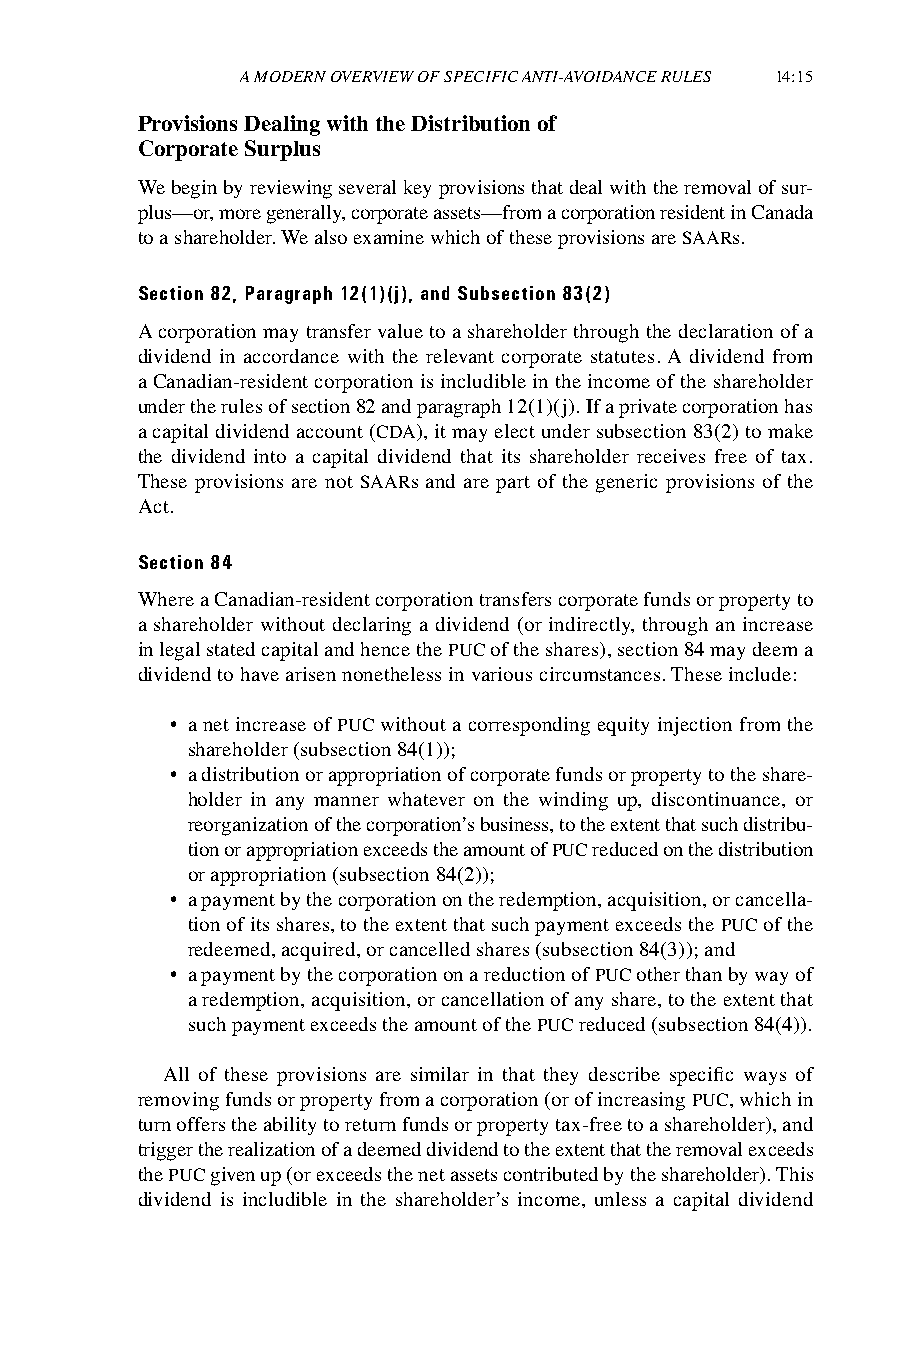
A MODERN OVERVIEW OF SPECIFIC ANTI-AVOIDANCE RULES 14:15
 Provisions Dealing with the Distribution of
 Corporate Surplus
 We begin by reviewing several key provisions that deal with the removal of sur-
 plus—or, more generally, corporate assets—from a corporation resident in Canada
 to a shareholder. We also examine which of these provisions are SAARs.
 Section 82, Paragraph 12(1)(j), and Subsection 83(2)
 A corporation may transfer value to a shareholder through the declaration of a
 dividend in accordance with the relevant corporate statutes. A dividend from
 a Canadian-resident corporation is includible in the income of the shareholder
 under the rules of section 82 and paragraph 12(1)(j). If a private corporation has
 a capital dividend account (CDA), it may elect under subsection 83(2) to make
 the dividend into a capital dividend that its shareholder receives free of tax.
 These provisions are not SAARs and are part of the generic provisions of the
 Act.
 Section 84
 Where a Canadian-resident corporation transfers corporate funds or property to
 a shareholder without declaring a dividend (or indirectly, through an increase
 in legal stated capital and hence the PUC of the shares), section 84 may deem a
 dividend to have arisen nonetheless in various circumstances. These include:
 • a net increase of PUC without a corresponding equity injection from the
 shareholder (subsection 84(1));
 • a distribution or appropriation of corporate funds or property to the share-
 holder in any manner whatever on the winding up, discontinuance, or
 reorganization of the corporation’s business, to the extent that such distribu-
 tion or appropriation exceeds the amount of PUC reduced on the distribution
 or appropriation (subsection 84(2));
 • a payment by the corporation on the redemption, acquisition, or cancella-
 tion of its shares, to the extent that such payment exceeds the PUC of the
 redeemed, acquired, or cancelled shares (subsection 84(3)); and
 • a payment by the corporation on a reduction of PUC other than by way of
 a redemption, acquisition, or cancellation of any share, to the extent that
 such payment exceeds the amount of the PUC reduced (subsection 84(4)).
 All of these provisions are similar in that they describe specific ways of
 removing funds or property from a corporation (or of increasing PUC, which in
 turn offers the ability to return funds or property tax-free to a shareholder), and
 trigger the realization of a deemed dividend to the extent that the removal exceeds
 the PUC given up (or exceeds the net assets contributed by the shareholder). This
 dividend is includible in the shareholder’s income, unless a capital dividend